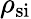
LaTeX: \rho_{\mathrm{{si}}}